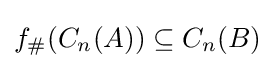
f_{\#}(C_{n}(A))\subseteq C_{n}(B)